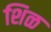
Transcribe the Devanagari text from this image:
शिळ